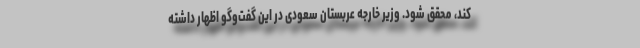
کند، محقق شود. وزیر خارجه عربستان سعودی در این گفت‌وگو اظهار داشته